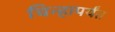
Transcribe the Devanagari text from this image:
चिन्हापर्यंत